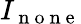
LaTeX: I_{\mathrm{~n~o~n~e~}}